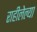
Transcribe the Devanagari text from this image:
राहीलेल्‍या